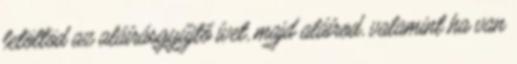
letöltöd az aláírásgyűjtő ívet, majd aláírod, valamint ha van